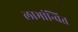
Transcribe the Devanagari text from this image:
लाभांन्वित